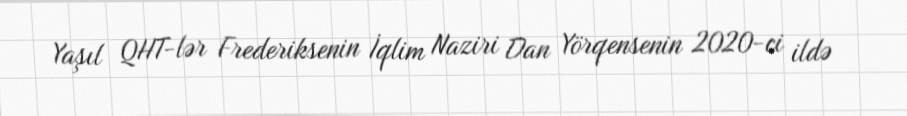
Yaşıl QHT-lər Frederiksenin İqlim Naziri Dan Yörqensenin 2020-ci ildə